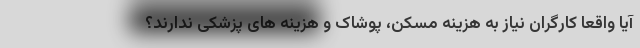
آیا واقعا کارگران نیاز به هزینه مسکن، پوشاک و هزینه های پزشکی ندارند؟